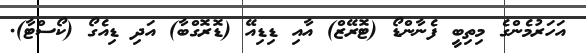
އަހަރުމެންގެ މިތިބީ ފެނާންޑޯ (ޓޮރޭޒް) އާއި ޑިޑިއޭ (ޑޮރޮގްބާ) އަދި ޑިއެގޯ (ކޯސްޓާ).